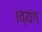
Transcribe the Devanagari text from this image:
।व्यंग